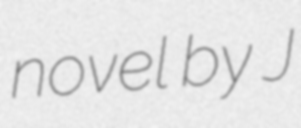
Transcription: novel by J